Vital statistics of India. Vol. V, Reports of 1876 on armies & jails and on epidemic cholera
Year: 1876
Disease focus: Cholera
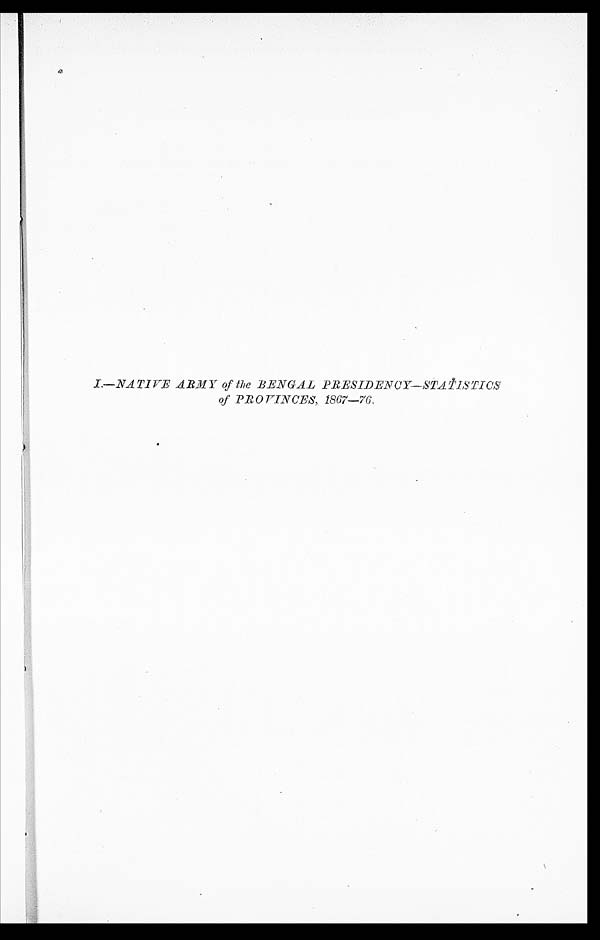
I.—NATIVE ARMY of the BENGAL PRESIDENCY—STATISTICS
of PROVINCES, 1867—76.